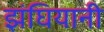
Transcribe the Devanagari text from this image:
झंघियानी